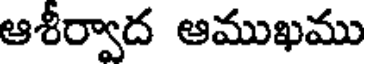
ఆశీర్వాద ఆముఖము